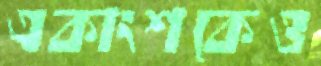
একাংশকেও